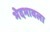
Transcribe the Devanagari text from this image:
भेदभावला